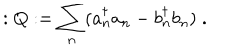
LaTeX: : Q : = \sum _ { n } ( a _ { n } ^ { \dagger } a _ { n } - b _ { n } ^ { \dagger } b _ { n } ) \; .